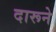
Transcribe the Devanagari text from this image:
दारूने